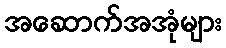
အဆောက်အအုံများ